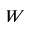
W